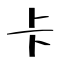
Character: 卡